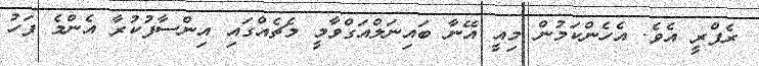
ރެފްރީ އެވެ. އެހެންކަމުން މިއީ އޭނާ ބައިނަލްއަގްވާމީ މެޗެއްގައި އިންސާފުކުރާ އެންމެ ފަހު